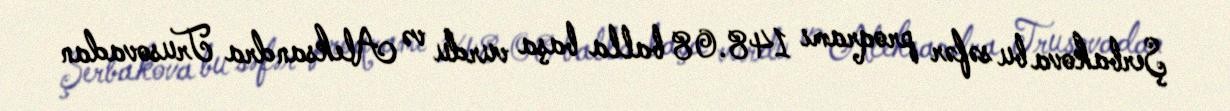
Şerbakova bu səfər proqramı 148.08 balla başa vurdu və Aleksandra Trusovadan